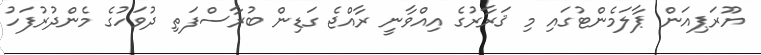
ޔޫރަޕިއަން ޕާލަމެންޓުގައި މި ޤަރާރުގެ އިއްވާނީ ރާއްޖެ ގަޑިން ބުރާސްފަތި ދުވަހުގެ މެންދުރުފަހު